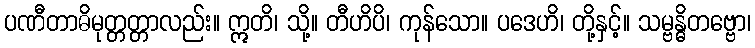
ပဏီတာဓိမုတ္တတ္တာလည်း။ ဣတိ၊ သို့။ တီဟိပိ၊ ကုန်သော။ ပဒေဟိ၊ တို့နှင့်။ သမ္ဗန္ဓိတဗ္ဗော၊